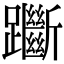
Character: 𨇰